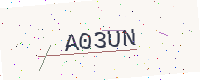
Text: A03UN